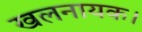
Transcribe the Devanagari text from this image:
खलनायक।